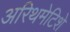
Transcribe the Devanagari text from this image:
अरिथमेटिशे